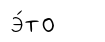
э́то